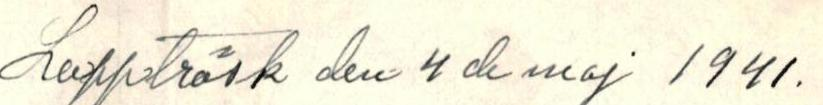
Lappträsk den 4 de maj 1941.